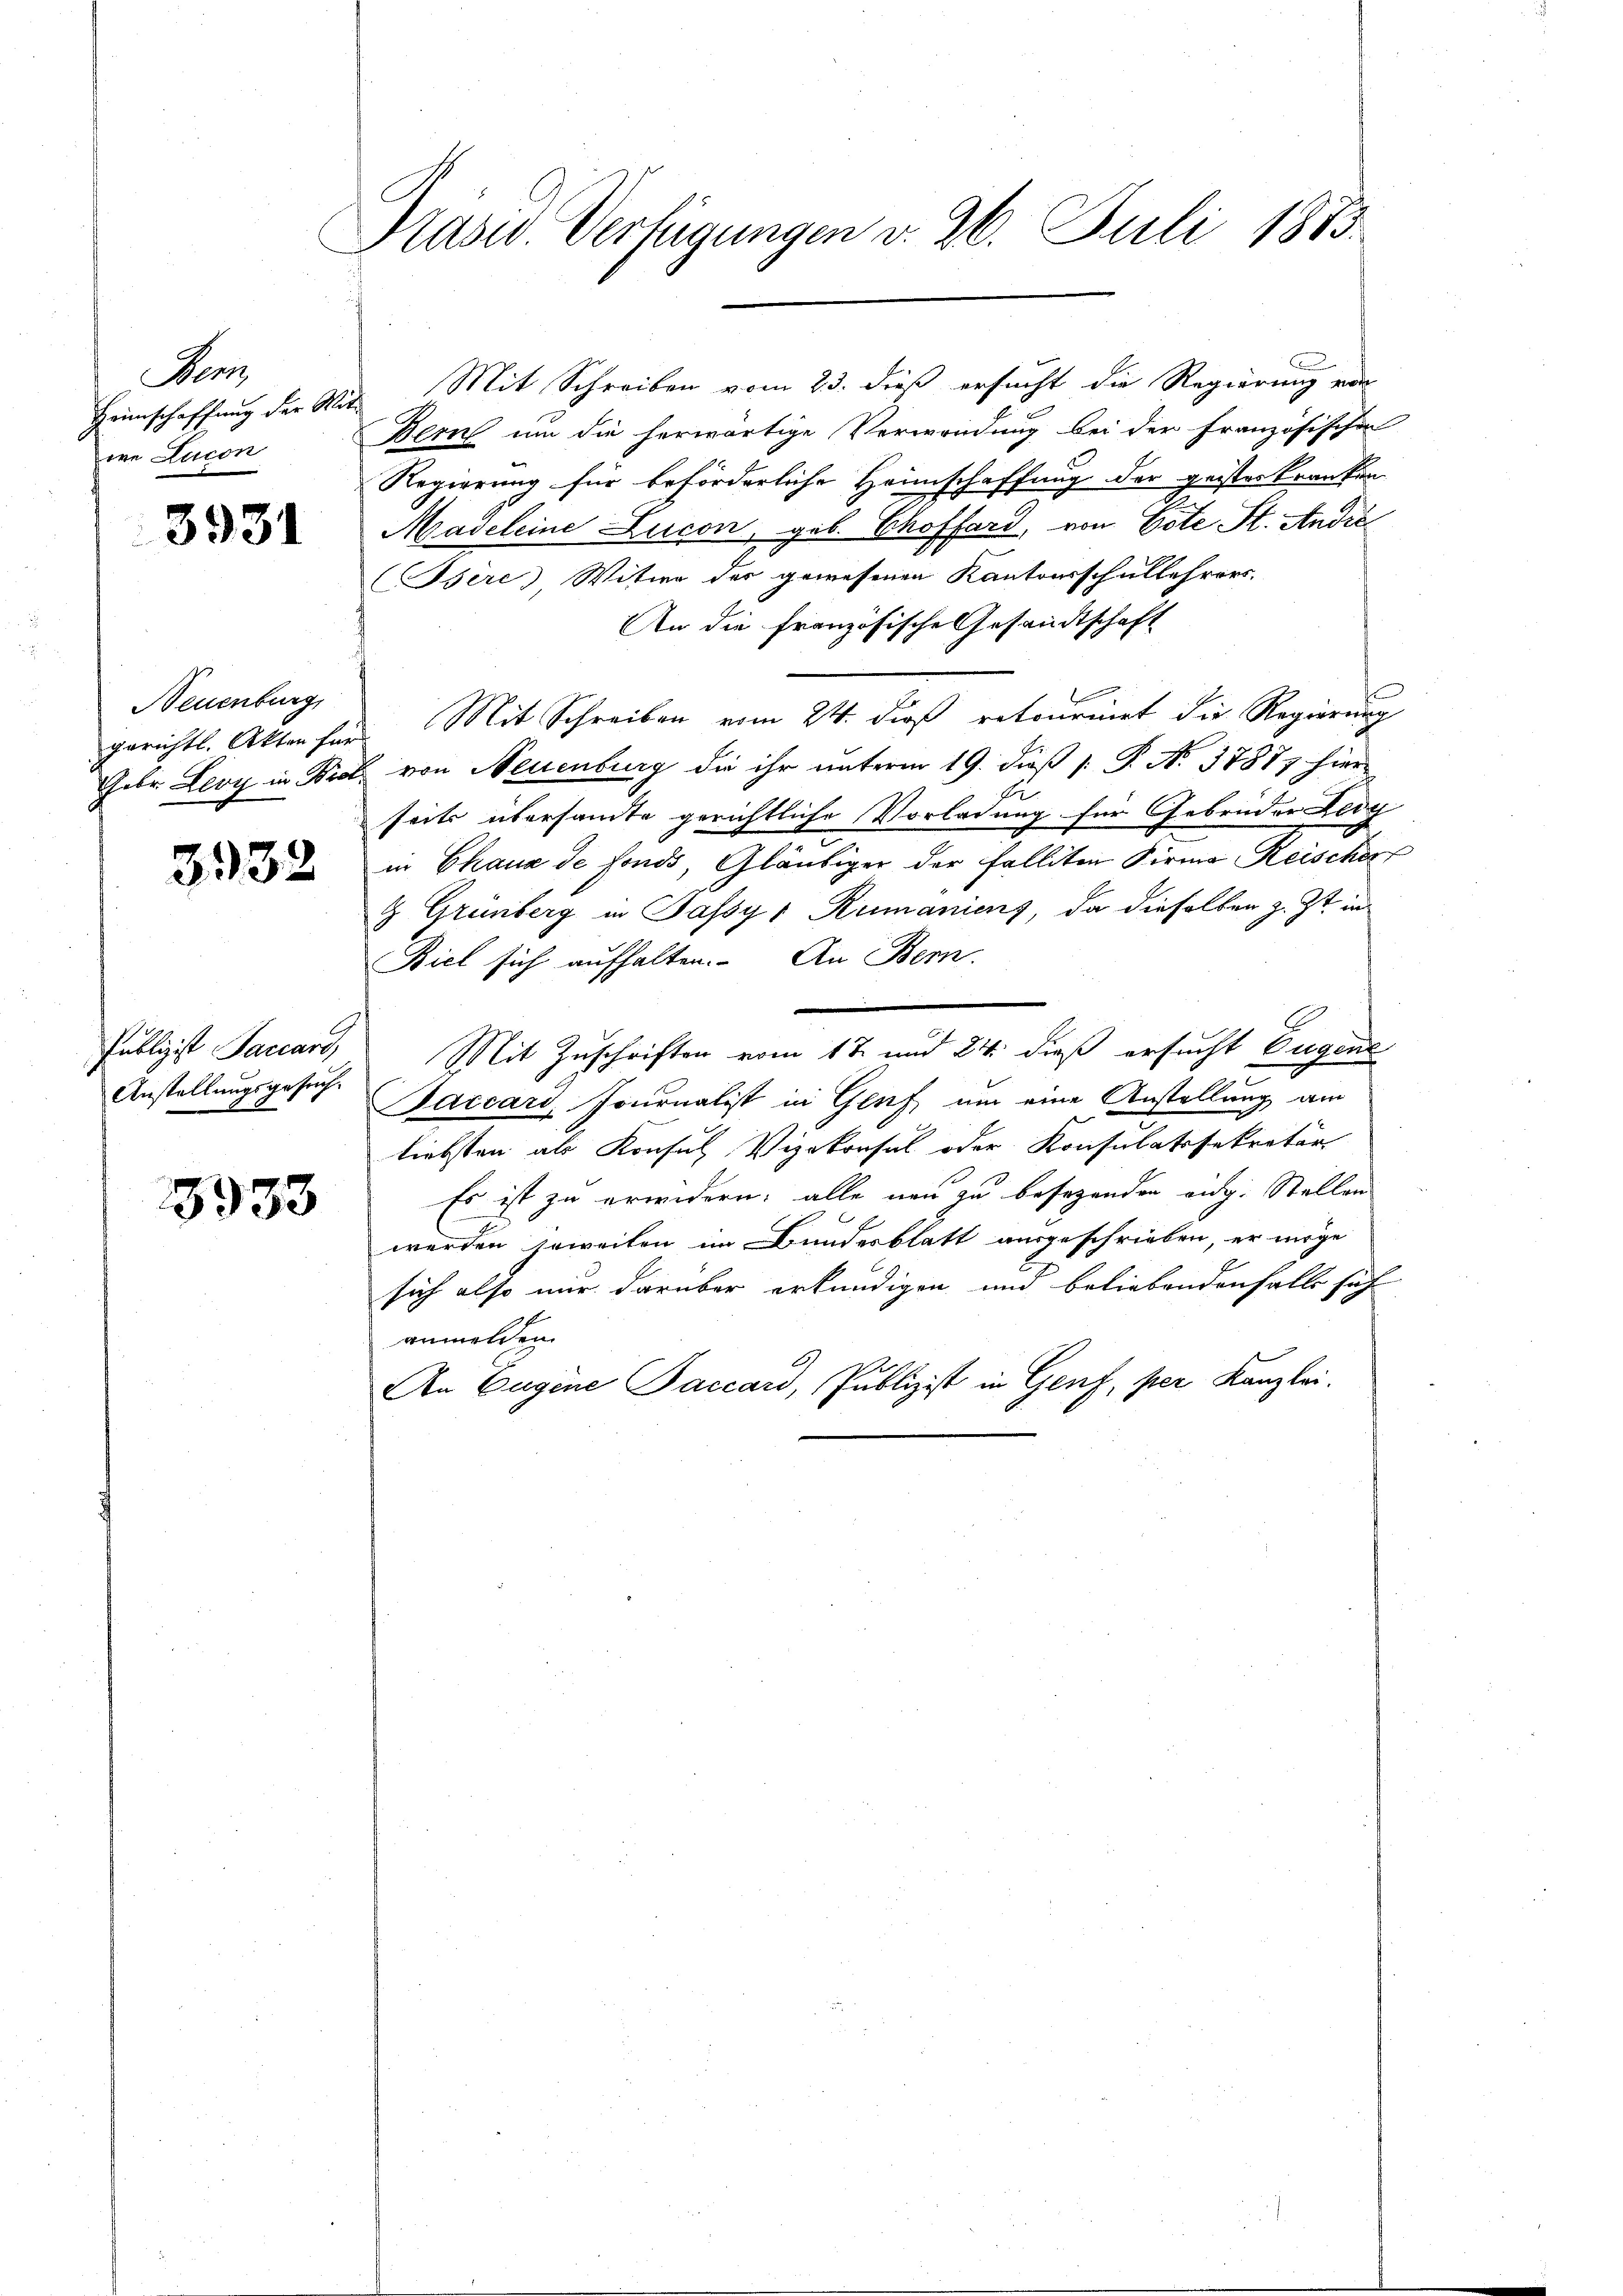
Sem
Heimschaffung der Woie Lucon

3931

Neuenburg,

3332

Publizist Januars,
Anstellungsgesuch.

3933

Kasu. Verfügungen v. 26. Juli 1883

Mit Schreiben vom 23. dieß ersucht die Regierung von
¬
Bern um die herwärtige Verwendung bei der Französischen
Regierung für beförderliche Heimschaffung der geisteskranken
Madeleine Lucon, geb. Choffard, von Este St. Andić
Bsère), Witwe des gewesenen Kantonsschullehrers.
An die französische Gesandtschaft
gerichtl. Akten für Mit Schreiben vom 24. dieß retourirt die Regierung
Gebr. Leoy in Brot von Neuenburg die ihr unterm 19. diß [ P. N. 37877 hier
seits übersamte gerichtliche Vorladung für Gebrüder Leg
in Chaux de fonds, Gläubiger der Falliten Firma Reischer
G Grünberg in Jassy Rumanienz, da dieselben z. Zt. in
Biel sich aufhalten. An Bern.

Mit Zuschriften vom 17. und 24. dieß ersucht Eugene
Jaccard, Journalist in Genf um eine Anstellung am
liebsten als Konsul Vizekonsul oder Konsulatssekretär
Es ist zu erwidern; alle neu zu besezenden eidg. Stellen
werden soweiten im Bundesblatt ausgeschrieben, er möge
sich also nur darüber erkundigen und beliebendenfalls sich
anmelden.
An Eugene Paccard, Publizist in Genf, per Kanzlei.